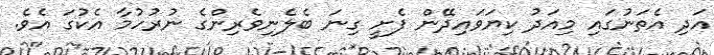
އަދި އެތަނުގައި މިއަދު ކިޔަވައިދޭން ފެށީ ގިނަ ބެލެނިވެރިންގެ ނުރުހުމާ އެކުގަ އެވެ.